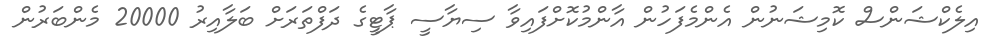
އިލެކްޝަންސް ކޮމިޝަނުން އެންމެފަހުން އާންމުކޮށްފައިވާ ސިޔާސީ ޕާޓީގެ ދަފްތަރަށް ބަލާއިރު 20000 މެންބަރުން